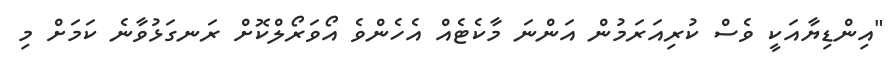
"އިންޑިޔާއަކީ ވެސް ކުރިއަރަމުން އަންނަ މާކެޓެއް އެހެންވެ އޯވަރޯލްކޮށް ރަނގަޅުވާނެ ކަމަށް މި